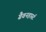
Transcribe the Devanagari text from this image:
ग्रैवनहार्स्ट